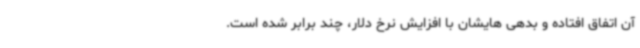
آن اتفاق افتاده و بدهی هایشان با افزایش نرخ دلار، چند برابر شده است.